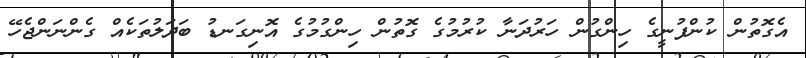
އެގޮތުން ކުންފުނީގެ ހިންގުން ހަރުދަނާ ކުރުމުގެ ގޮތުން ހިންގުމުގެ އޮނިގަނޑު ބަދަލުތަކެއް ގެންނަންޖެހޭ